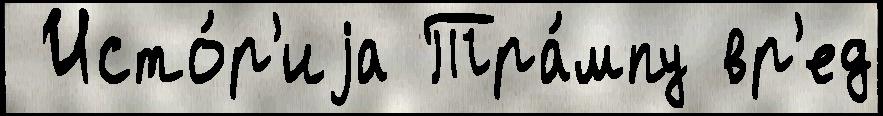
 Исто́р'иjа Тра́мпу вр'ед